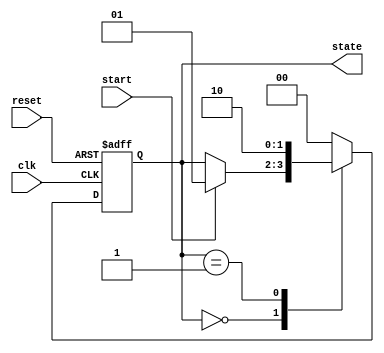
module fsm_example (
    input wire clk,          // Clock input
    input wire reset,        // Asynchronous reset
    input wire start,        // Input signal to start the FSM
    output reg [1:0] state   // 2-bit state output
);

// State encoding
localparam STATE_IDLE    = 2'b00;
localparam STATE_RUNNING = 2'b01;
localparam STATE_DONE    = 2'b10;

// FSM implementation
always @(posedge clk or posedge reset) begin
    if (reset) begin
        // Blocking assignment to reset state
        state <= STATE_IDLE; // Reset to IDLE state
    end else begin
        // Non-blocking assignments for state transitions
        case (state)
            STATE_IDLE: begin
                if (start) begin
                    state <= STATE_RUNNING; // Transition to RUNNING state
                end
            end
            
            STATE_RUNNING: begin
                // Simulate some processing
                // After some condition, transition to DONE state
                state <= STATE_DONE; // Transition to DONE state
            end
            
            STATE_DONE: begin
                // Stay in DONE state or reset based on some condition
                state <= STATE_IDLE; // For simplicity, transition back to IDLE
            end
            
            default: state <= STATE_IDLE; // Default case to handle unexpected states
        endcase
    end
end

endmodule